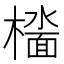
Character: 𫞑